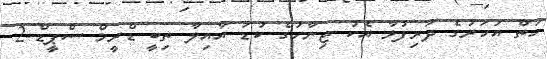
ހަތް އަހަރުގެ ދަރިފުޅާ އެކު ޖިނާހުގެ ކުޑަ އާއިލާ ތިބީ ޑްރީމް ސްޕީޑް-2